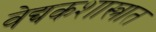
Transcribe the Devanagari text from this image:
वेद्यकशास्त्रात